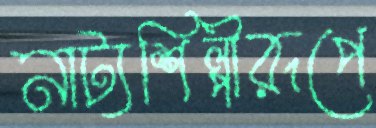
নাট্যশিল্পীরূপে